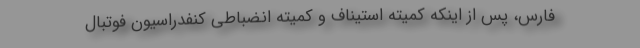
فارس، پس از اینکه کمیته استیناف و کمیته انضباطی کنفدراسیون فوتبال